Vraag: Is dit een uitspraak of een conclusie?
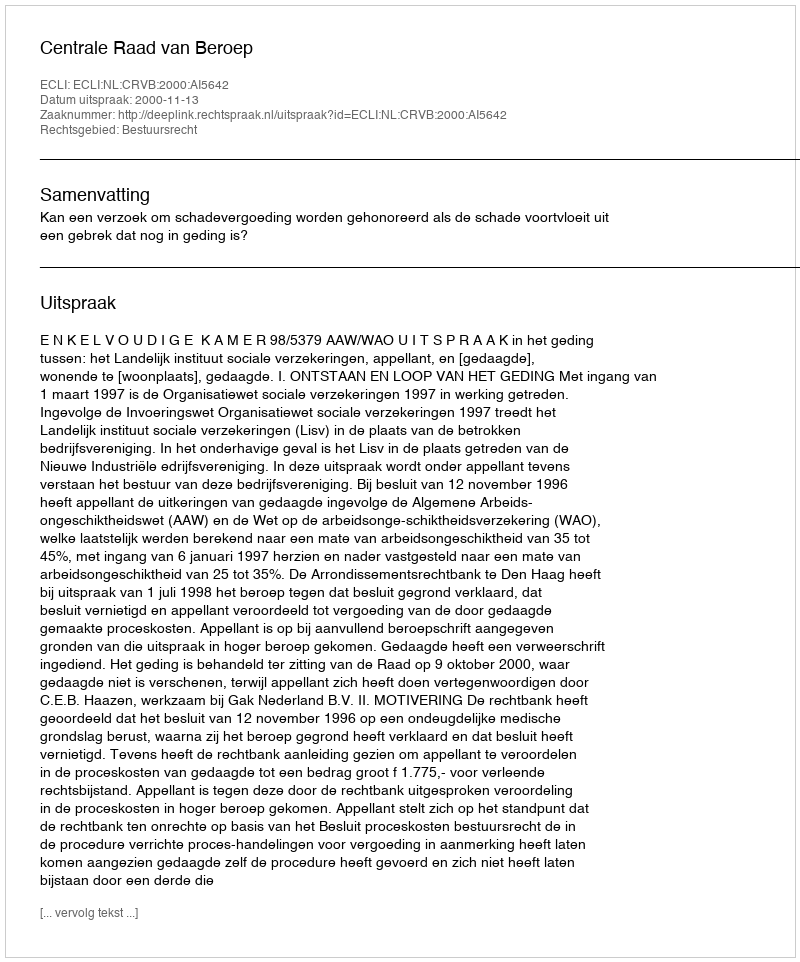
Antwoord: Uitspraak